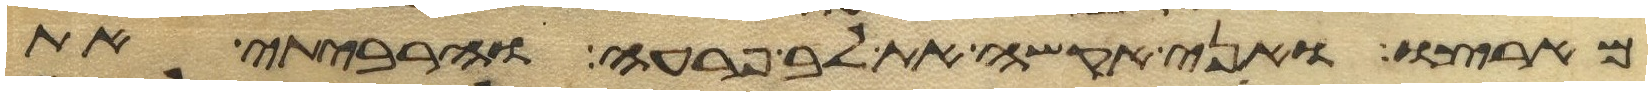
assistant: מארצו ואני אקשה את לב פרעה והרביתי את